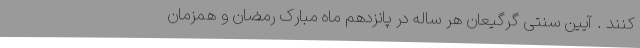
کنند . آیین سنتی گرگیعان هر ساله در پانزدهم ماه مبارک رمضان و همزمان